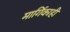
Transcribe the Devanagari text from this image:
मार्गिकाही